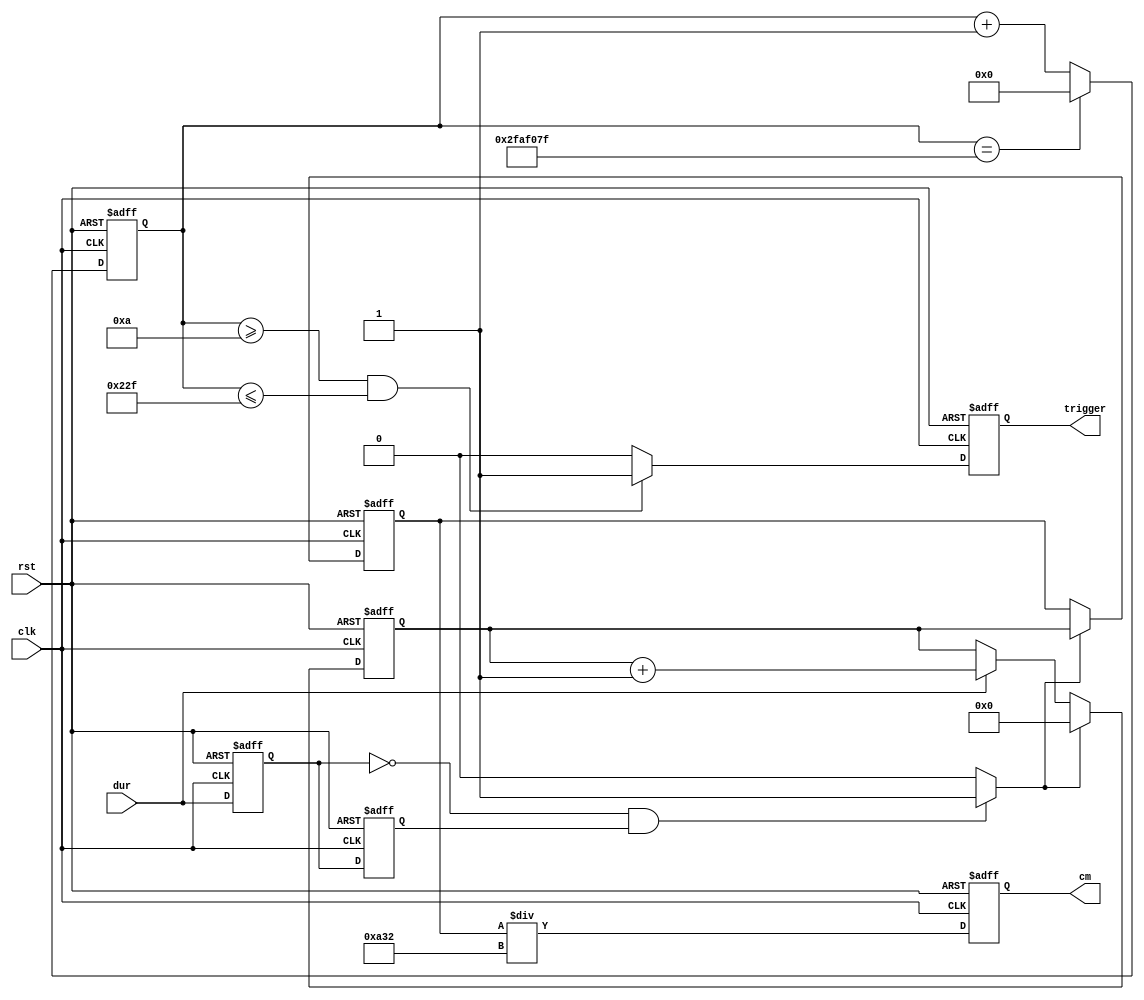
module ultra_sonic
(
input clk,
input rst,
output reg trigger,
input dur,
output reg [19:0] cm
);

parameter CNT_MAX = 32'd49_999_999;
reg reg_1;
reg reg_2;
reg [31:0] cnt;
wire falling;
reg [19:0] dur_data;
reg [19:0] dur_cnt;
wire rising;

//cnt
always@(posedge clk or posedge rst)
if (rst)
cnt <= 32'd0;
else if (cnt == CNT_MAX)
cnt <= 32'd0;
else 
cnt <= cnt + 1'b1;


//trigger signal;
always@(posedge clk or posedge rst)
if (rst)
trigger <= 1'b0;
else if (cnt >= 32'd10 && cnt <= 32'd559)
trigger <= 1'b1;
else 
trigger <= 1'b0;

//dur_cnt
always@(posedge clk or posedge rst)
if (rst)
dur_cnt <= 22'd0;
else if (falling == 1'b1)
dur_cnt <= 22'd0;
else if (dur == 1'b1)
dur_cnt <= dur_cnt + 1'b1;


//reg_1
always@(posedge clk or posedge rst)
if (rst)
reg_1 <= 1'b0;
else 
reg_1 <= dur;

//reg_2;
always@(posedge clk or posedge rst)
if (rst)
reg_2 <= 1'b0;
else 
reg_2 <= reg_1;

//falling
assign falling = ((reg_1 == 1'b0) && (reg_2 == 1'b1))?1'b1:1'b0;
assign rising  = ((reg_1 == 1'b1) && (reg_2 == 1'b0))?1'b1:1'b0;

//dur_data
always@(posedge clk or posedge rst)
if (rst)
dur_data <= 20'd0;
else if (falling == 1'b1)
dur_data <= dur_cnt;

//cm
always@(posedge clk or posedge rst)
if (rst)
cm = 20'd0;
else 
cm = dur_data/20'd2610;

endmodule